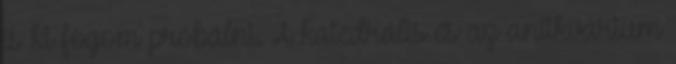
is ki fogom próbálni. A katedrális és az antikvárium